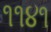
૧૧૪૧